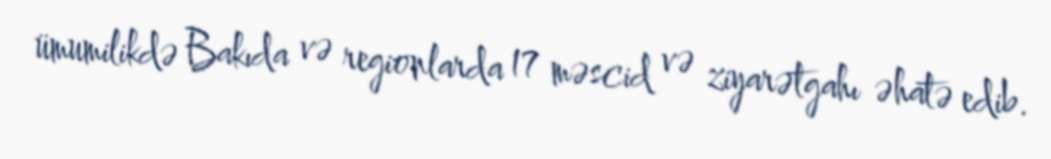
ümumilikdə Bakıda və regionlarda 17 məscid və ziyarətgahı əhatə edib.